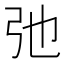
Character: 弛